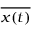
\overline { { x ( t ) } }